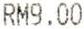
RM9.00